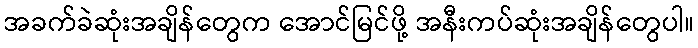
အခက်ခဲဆုံးအချိန်တွေက အောင်မြင်ဖို့ အနီးကပ်ဆုံးအချိန်တွေပါ။